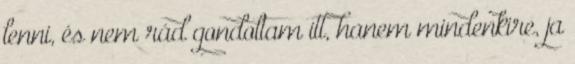
lenni, és nem rád gondoltam itt, hanem mindenkire, ja